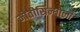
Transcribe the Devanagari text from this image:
मोतीसिन्धोली